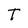
Character: T